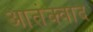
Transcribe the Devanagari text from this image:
आतंक्वाद